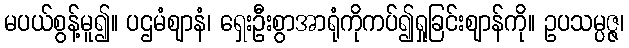
မပယ်စွန့်မူ၍။ ပဌမံဈာနံ၊ ရှေးဦးစွာအာရုံကိုကပ်၍ရှုခြင်းဈာန်ကို။ ဥပသမ္ပဇ္ဇ၊